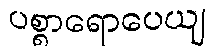
ပစ္စာရောပေယျ